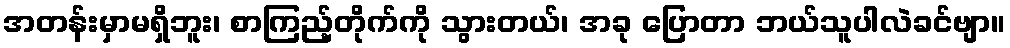
အတန်းမှာမရှိဘူး၊ စာကြည့်တိုက်ကို သွားတယ်၊ အခု ပြောတာ ဘယ်သူပါလဲခင်ဗျာ။